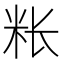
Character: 𰪭